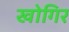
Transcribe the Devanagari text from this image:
खोगिर